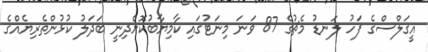
އީގަލްސްގެ ފަހު ލަނޑު މެޗުގެ 87 ވަނަ މިނަޓުގައި ކާމިޔާބުކޮށްދިނީ ބަދަލު ކުޅުންތެރިޔެއްގެ